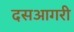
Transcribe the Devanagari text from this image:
दसआगरी